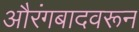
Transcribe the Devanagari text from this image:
औरंगबादवरून